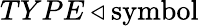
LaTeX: TYPE\triangleleft{\mathrm{symbol}}